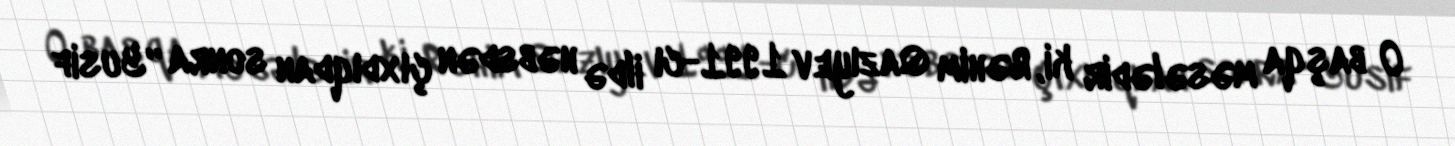
O başqa məsələdir ki, Rəhim Qazıyev 1991-cı ildə həbsdən çıxdıqdan sonra “Yusif